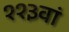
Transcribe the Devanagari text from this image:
११३वां